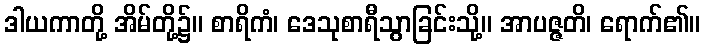
ဒါယကာတို့ အိမ်တို့၌။ စာရိကံ၊ ဒေသုစာရီသွာခြင်းသို့။ အာပဇ္ဇတိ၊ ရောက်၏။